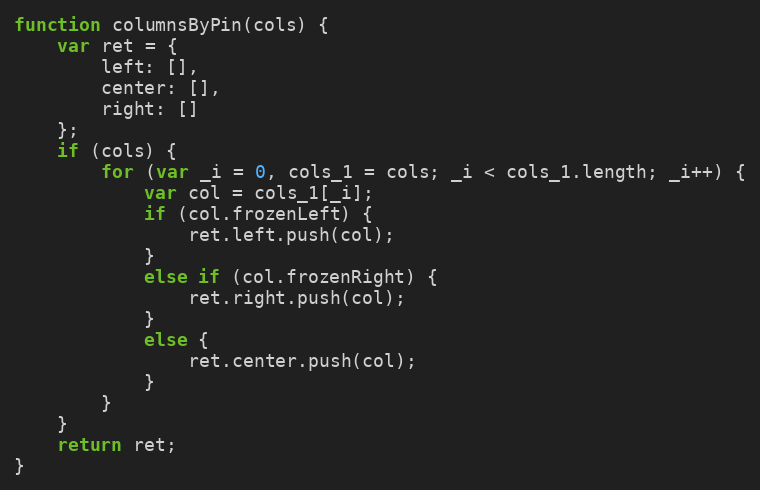
Language: JavaScript
function columnsByPin(cols) {
    var ret = {
        left: [],
        center: [],
        right: []
    };
    if (cols) {
        for (var _i = 0, cols_1 = cols; _i < cols_1.length; _i++) {
            var col = cols_1[_i];
            if (col.frozenLeft) {
                ret.left.push(col);
            }
            else if (col.frozenRight) {
                ret.right.push(col);
            }
            else {
                ret.center.push(col);
            }
        }
    }
    return ret;
}